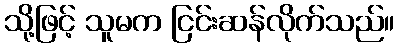
သို့ဖြင့် သူမက ငြင်းဆန်လိုက်သည်။